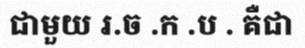
ជាមួយ រ.ច .ក .ប . គឺជា